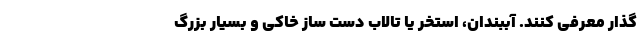
گذار معرفی کنند. آببندان، استخر یا تالاب دست ساز خاکی و بسیار بزرگ